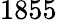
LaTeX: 1855